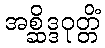
အစ္ဆိဒ္ဒဝုတ္တိံ